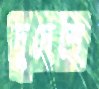
দুদেশে